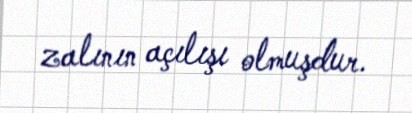
zalının açılışı olmuşdur.